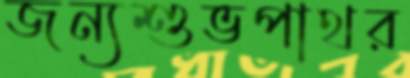
জন্যশুভপাথর